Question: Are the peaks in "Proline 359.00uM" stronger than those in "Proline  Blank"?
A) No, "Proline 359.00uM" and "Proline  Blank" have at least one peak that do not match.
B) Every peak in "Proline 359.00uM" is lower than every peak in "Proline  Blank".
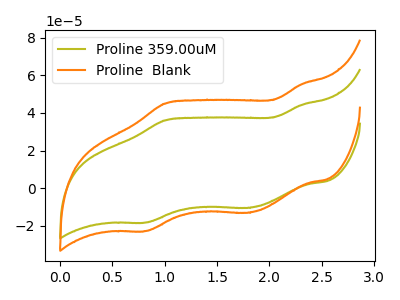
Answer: <think>The olive curve "Proline 359.00uM" has anodic peaks at (2.30V, 44.20uA) (1.00V, 36.05uA) and cathodic peaks at (1.80V, -10.45uA) (0.80V, -18.20uA). The orange curve "Proline  Blank" has anodic peaks at (2.30V, 55.15uA) (1.00V, 45.00uA) and cathodic peaks at (1.80V, -13.05uA) (0.80V, -22.70uA).</think>
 <answer>B) Every peak in "Proline 359.00uM" is lower than every peak in "Proline  Blank".</answer>
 <eval>B</eval>